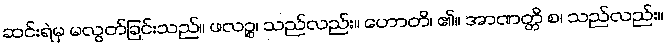
ဆင်းရဲမှ မလွတ်ခြင်းသည်။ ဖလဉ္စ၊ သည်လည်း။ ဟောတိ၊ ၏။ အာဏတ္တိ စ၊ သည်လည်း။